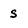
Character: s